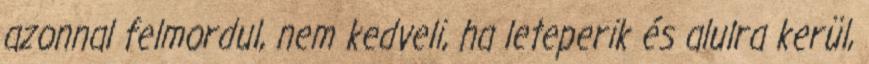
azonnal felmordul, nem kedveli, ha leteperik és alulra kerül,